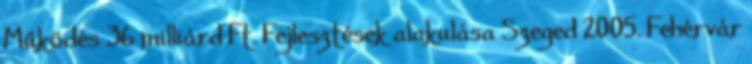
Működés 36 milliárd Ft. Fejlesztések alakulása Szeged 2005. Fehérvár